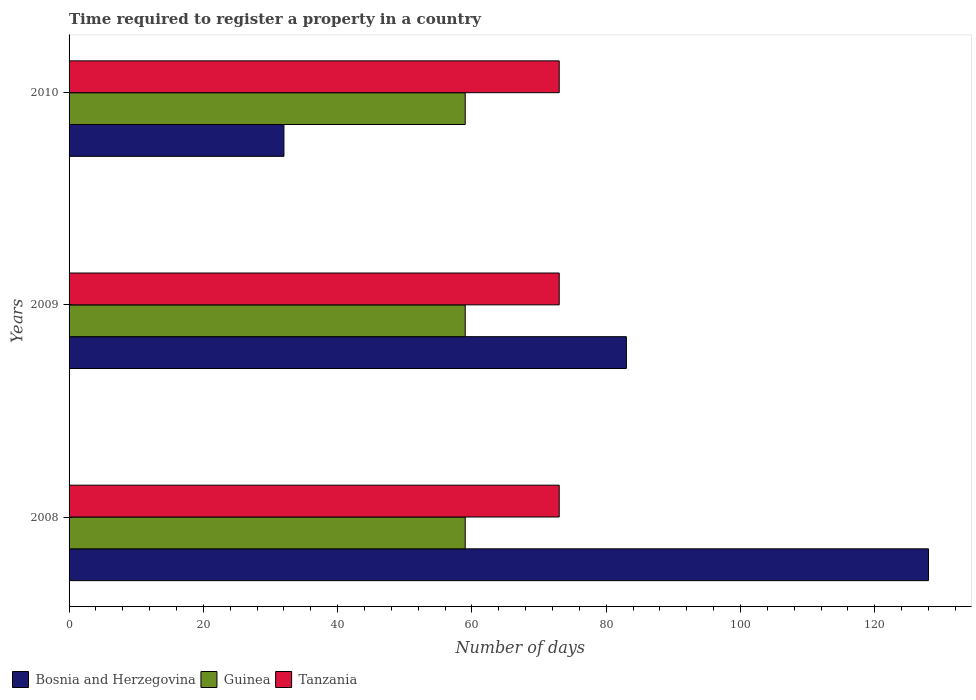
| Years | Bosnia and Herzegovina | Guinea | Tanzania |
 | --- | --- | --- | --- |
 | 2008 | 128 | 59 | 73 |
 | 2009 | 83 | 59 | 73 |
 | 2010 | 32 | 59 | 73 |